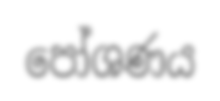
පෝශණය